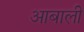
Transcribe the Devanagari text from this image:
आबाली